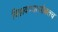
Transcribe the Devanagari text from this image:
विझवण्यासोबतच